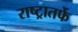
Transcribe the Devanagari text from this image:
राष्ट्रातर्फे